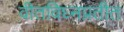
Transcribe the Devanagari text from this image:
वीतविघ्नप्रतीत